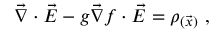
\vec { \nabla } \cdot \vec { E } - g \vec { \nabla } f \cdot \vec { E } = \rho _ { ( \vec { x } ) } \ ,